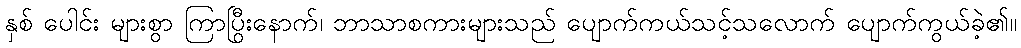
နှစ် ပေါင်း များစွာ ကြာပြီးနောက်၊ ဘာသာစကားများသည် ပျောက်ကွယ်သင့်သလောက် ပျောက်ကွယ်ခဲ့၏။